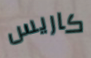
كاريس